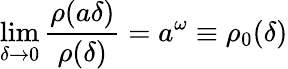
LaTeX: \operatorname*{lim}_{\delta\rightarrow 0}\frac{\rho(a\delta)}{\rho(\delta)}=a^{\omega}\equiv\rho_{0}(\delta)